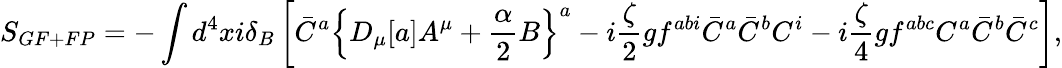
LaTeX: S_{GF+FP}=-\int d^{4}xi\delta_{B}\left[\bar{C}^{a}\left\{ D_{\mu}[a]A^{\mu}+{\frac{\alpha}{2}}B\right\} ^{a}-i{\frac{\zeta}{2}}gf^{abi}\bar{C}^{a}\bar{C}^{b}C^{i}-i{\frac{\zeta}{4}}gf^{abc}C^{a}\bar{C}^{b}\bar{C}^{c}\right],